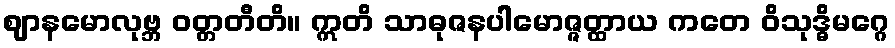
ဈာနမောလုဗ္ဘ ဝတ္တတီတိ။ ဣတိ သာဓုဇနပါမောဇ္ဇတ္ထာယ ကတေ ဝိသုဒ္ဓိမဂ္ဂေ